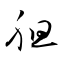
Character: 胆